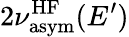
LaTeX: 2\nu_{\mathrm{asym}}^{\mathrm{HF}}(E^{\prime})